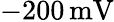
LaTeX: -200\, \mathrm{mV}